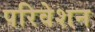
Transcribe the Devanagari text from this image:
परिवेशन